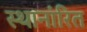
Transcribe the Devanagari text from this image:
स्थानांरित